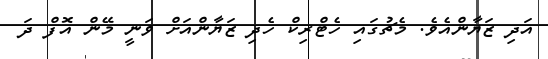
އަދި ޒަޔާންއެވެ. މެޗުގައި ހެޓްރިކް ހެދި ޒަޔާންއަށް ވަނީ މޭން އޮފް ދަ